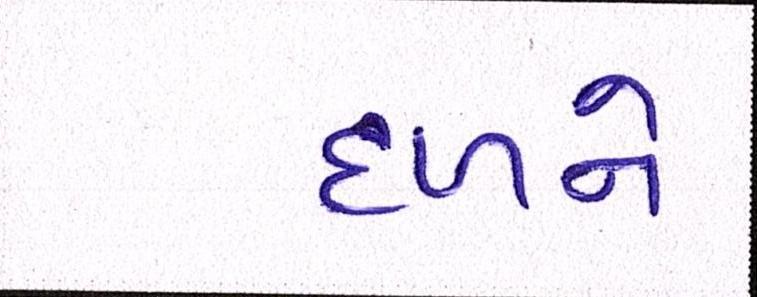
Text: દળને